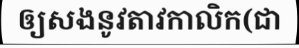
ឲ្យសងនូវតាវកាលិក(ជា